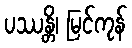
ပဿန္တိ၊ မြင်ကုန်